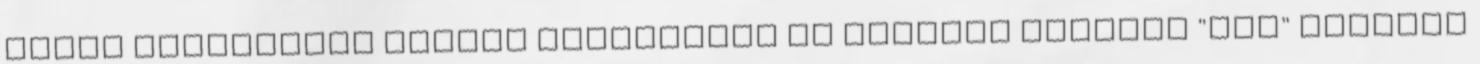
által szervezett nyelvi felmérésen Az ERASMUS program "kis" nyelvek